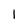
Character: 1